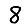
Digit: 8